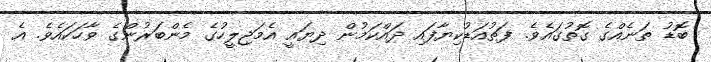
ބޮޑު ތަނެއްގެ ގޮތުގައެވެ. ފަތުއަޑުކިޔާފައި ދައްކަމުން ދިޔައީ އެމަޖިލީހުގެ މެންބަރުންގެ ވާހަކައެވެ. އެ